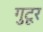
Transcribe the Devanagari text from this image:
गुटूर